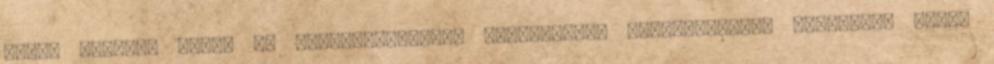
lapu. Arctium lappa L. teakeverékekben használják, vizelethajtó, izzasztó, epe-,